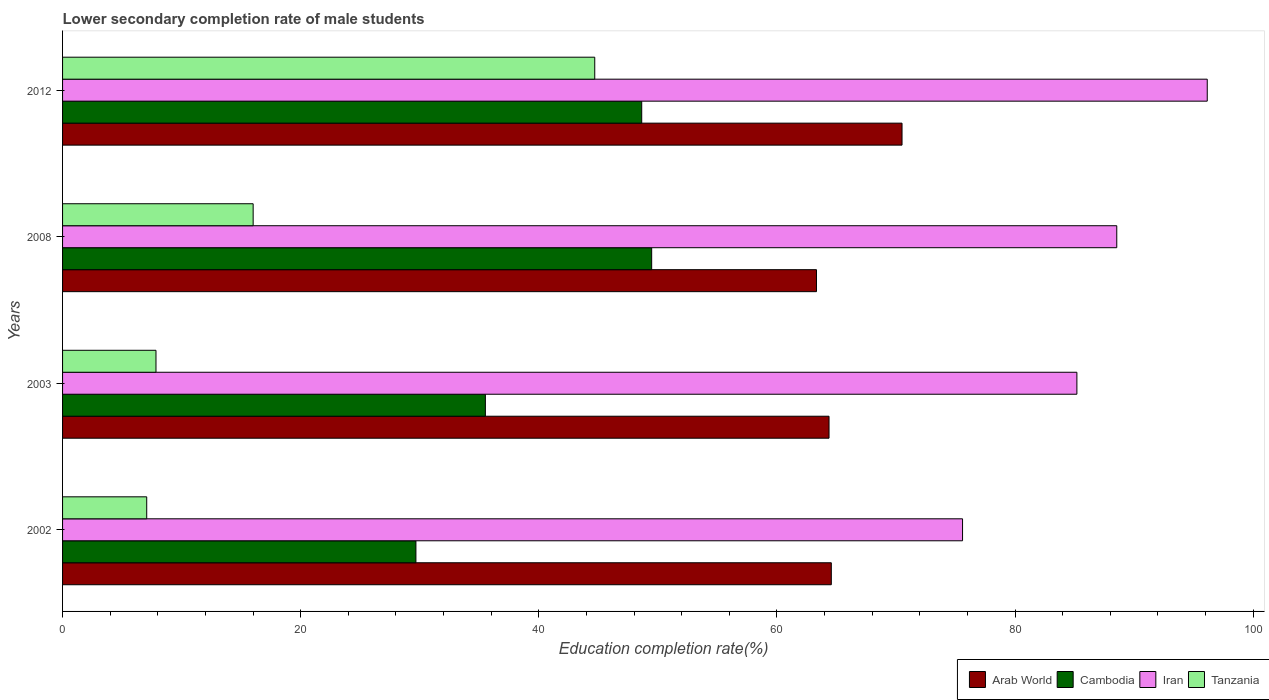
| Years | Arab World | Cambodia | Iran | Tanzania |
 | --- | --- | --- | --- | --- |
 | 2002 | 64.6 | 29.7 | 75.6 | 7.07 |
 | 2003 | 64.4 | 35.5 | 85.2 | 7.85 |
 | 2008 | 63.3 | 49.5 | 88.5 | 16 |
 | 2012 | 70.5 | 48.6 | 96.1 | 44.7 |